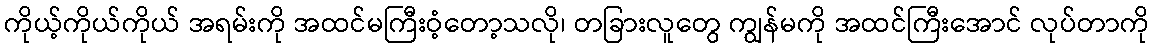
ကိုယ့်ကိုယ်ကိုယ် အရမ်းကို အထင်မကြီးဝံ့တော့သလို၊ တခြားလူတွေ ကျွန်မကို အထင်ကြီးအောင် လုပ်တာကို